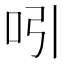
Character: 吲